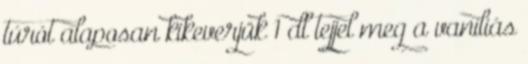
túrót alaposan kikeverjük 1 dl tejjel meg a vaníliás